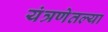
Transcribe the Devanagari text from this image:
यंत्रणेतल्या